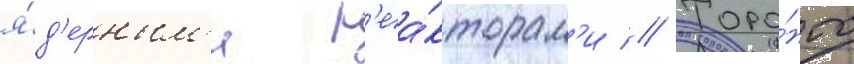
я́д'ерным'и р'еа́кторам'и // Торо́нто